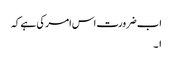
اب ضرورت اس امر کی ہے کہ
۱۔